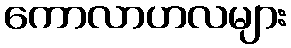
ကောလာဟလများ